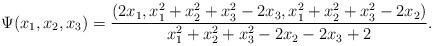
\begin{align*}\Psi(x_1, x_2, x_3) =\frac{(2x_1, x_1^2 + x_2^2 + x_3^2 - 2x_3, x_1^2 + x_2^2 + x_3^2 - 2x_2)}{x_1^2 + x_2^2 + x_3^2 - 2x_2 - 2x_3 + 2}.\end{align*}